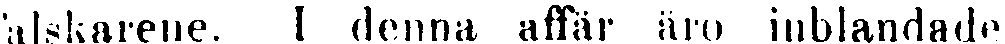
falskarene. I denna affär äro inblandade